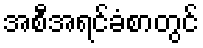
အစီအရင်ခံစာတွင်